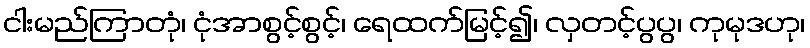
ငါးမည်ကြာတုံ၊ ငုံအာစွင့်စွင့်၊ ရေထက်မြင့်၍၊ လှတင့်ပွပွ၊ ကုမုဒဟု၊